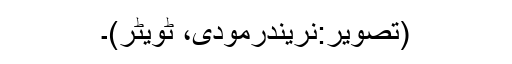
(تصویر:نریندرمودی، ٹویٹر)۔